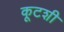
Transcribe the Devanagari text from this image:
कूटशी